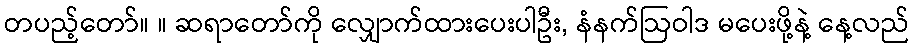
တပည့်တော်။ ။ ဆရာတော်ကို လျှောက်ထားပေးပါဦး, နံနက်ဩဝါဒ မပေးဖို့နဲ့ နေ့လည်